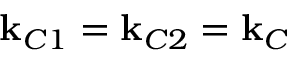
\mathbf { k } _ { C 1 } = \mathbf { k } _ { C 2 } = \mathbf { k } _ { C }